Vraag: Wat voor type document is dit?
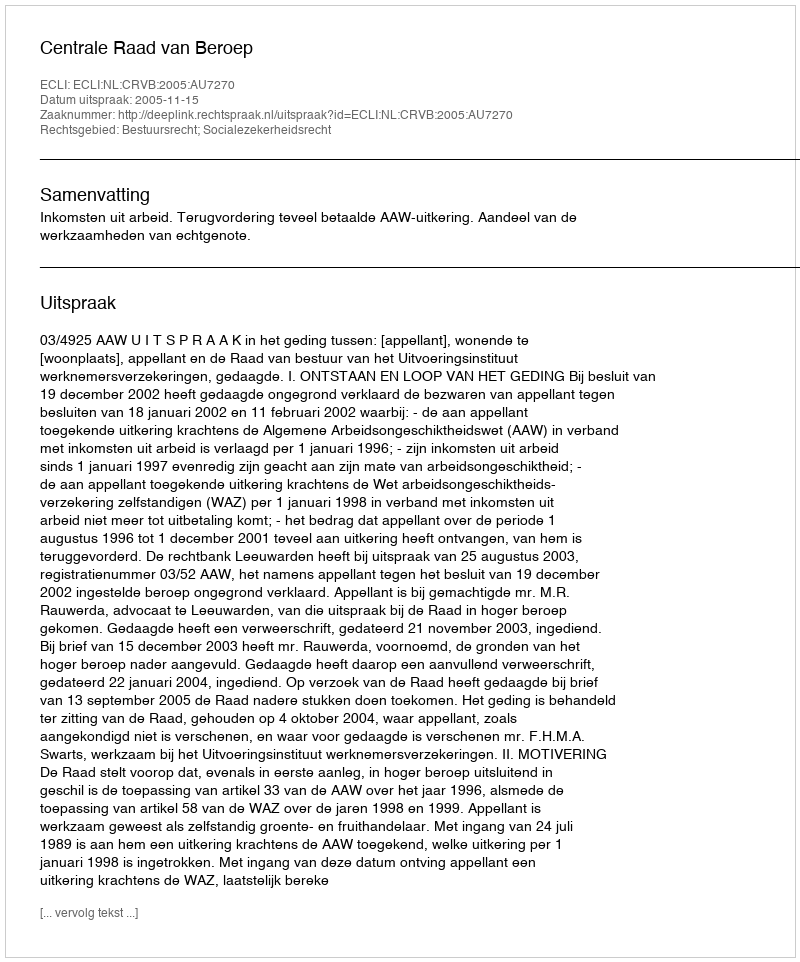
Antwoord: Uitspraak